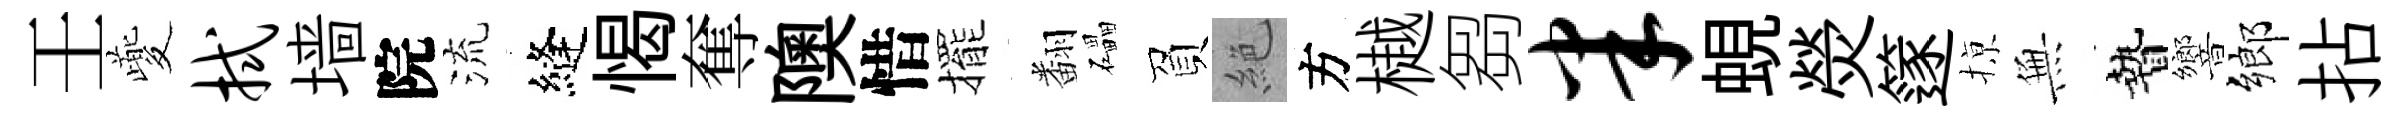
壬夔拭墙院流縫愒奪隩惜擺翻礧負絶方樾芻半蜆熒篴𢱊𭴾贄響鄉拈